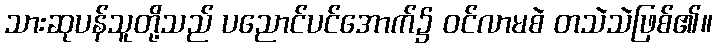
သားဆုပန်သူတို့သည် ပညောင်ပင်အောက်၌ ဝင်လာမစဲ တသဲသဲဖြစ်၏။